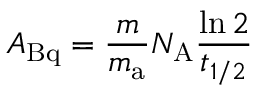
A _ { \mathrm { B q } } = { \frac { m } { m _ { \mathrm { a } } } } N _ { \mathrm { A } } { \frac { \ln 2 } { t _ { 1 / 2 } } }